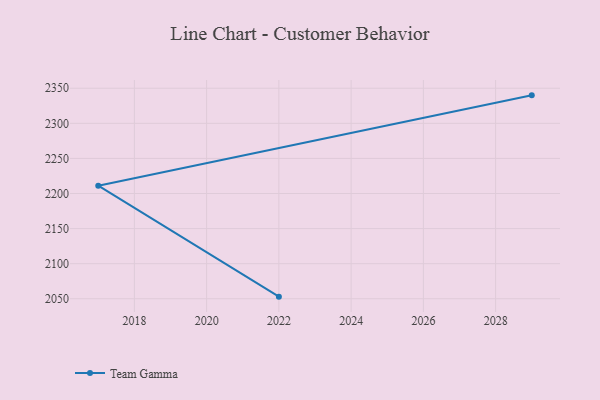
{"axis": {"x": "Year", "y": "Temperature (°C)"}, "legend": ["Team Gamma"], "data": [{"x": "2029", "y": 2339.9, "type": "Team Gamma"}, {"x": "2017", "y": 2211.1, "type": "Team Gamma"}, {"x": "2022", "y": 2053.0, "type": "Team Gamma"}]}